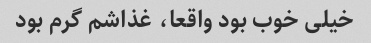
خیلی خوب بود واقعا، غذاشم گرم بود